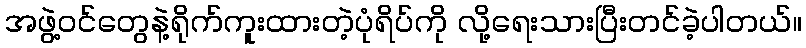
အဖွဲ့ဝင်တွေနဲ့ရိုက်ကူးထားတဲ့ပုံရိပ်ကို လို့ရေးသားပြီးတင်ခဲ့ပါတယ်။